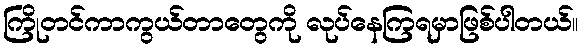
ကြိုတင်ကာကွယ်တာတွေကို လုပ်နေကြရမှာဖြစ်ပါတယ်။